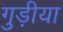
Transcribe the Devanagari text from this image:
गुड़ीया